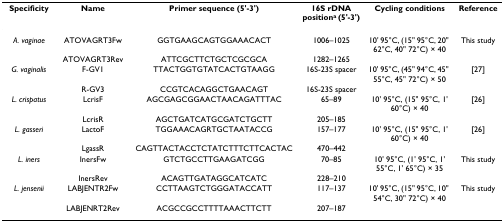
<table><thead><tr><td><b>Specificity</b></td><td><b>Name</b></td><td><b>Primer sequence (5&#x27;-3&#x27;)</b></td><td><b>16S rDNA position<sup>a </sup>(5&#x27;-3&#x27;)</b></td><td><b>Cycling conditions</b></td><td><b>Reference</b></td></tr></thead><tbody><tr><td><i>A. vaginae</i></td><td>ATOVAGRT3Fw</td><td>GGTGAAGCAGTGGAAACACT</td><td>1006–1025</td><td>10&#x27; 95°C, (15&quot; 95°C, 20&quot; 62°C, 40&quot; 72°C) × 40</td><td>This study</td></tr><tr><td></td><td>ATOVAGRT3Rev</td><td>ATTCGCTTCTGCTCGCGCA</td><td>1282–1265</td><td></td><td></td></tr><tr><td><i>G. vaginalis</i></td><td>F-GV1</td><td>TTACTGGTGTATCACTGTAAGG</td><td>16S-23S spacer</td><td>10&#x27; 95°C, (45&quot; 94°C, 45&quot; 55°C, 45&quot; 72°C) × 50</td><td>[27]</td></tr><tr><td></td><td>R-GV3</td><td>CCGTCACAGGCTGAACAGT</td><td>16S-23S spacer</td><td></td><td></td></tr><tr><td><i>L. crispatus</i></td><td>LcrisF</td><td>AGCGAGCGGAACTAACAGATTTAC</td><td>65–89</td><td>10&#x27; 95°C, (15&quot; 95°C, 1&#x27; 60°C) × 40</td><td>[26]</td></tr><tr><td></td><td>LcrisR</td><td>AGCTGATCATGCGATCTGCTT</td><td>205–185</td><td></td><td></td></tr><tr><td><i>L. gasseri</i></td><td>LactoF</td><td>TGGAAACAGRTGCTAATACCG</td><td>157–177</td><td>10&#x27; 95°C, (15&quot; 95°C, 1&#x27; 60°C) × 40</td><td>[26]</td></tr><tr><td></td><td>LgassR</td><td>CAGTTACTACCTCTATCTTTCTTCACTAC</td><td>470–442</td><td></td><td></td></tr><tr><td><i>L. iners</i></td><td>InersFw</td><td>GTCTGCCTTGAAGATCGG</td><td>70–85</td><td>10&#x27; 95°C, (1&#x27; 95°C, 1&#x27; 55°C, 1&#x27; 65°C) × 35</td><td>This study</td></tr><tr><td></td><td>InersRev</td><td>ACAGTTGATAGGCATCATC</td><td>228–210</td><td></td><td></td></tr><tr><td><i>L. jensenii</i></td><td>LABJENTR2Fw</td><td>CCTTAAGTCTGGGATACCATT</td><td>117–137</td><td>10&#x27; 95°C, (15&quot; 95°C, 10&quot; 54°C, 30&quot; 72°C) × 40</td><td>This study</td></tr><tr><td></td><td>LABJENRT2Rev</td><td>ACGCCGCCTTTTAAACTTCTT</td><td>207–187</td><td></td><td></td></tr></tbody></table>